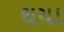
થયા